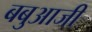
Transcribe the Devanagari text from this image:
बबुआजी